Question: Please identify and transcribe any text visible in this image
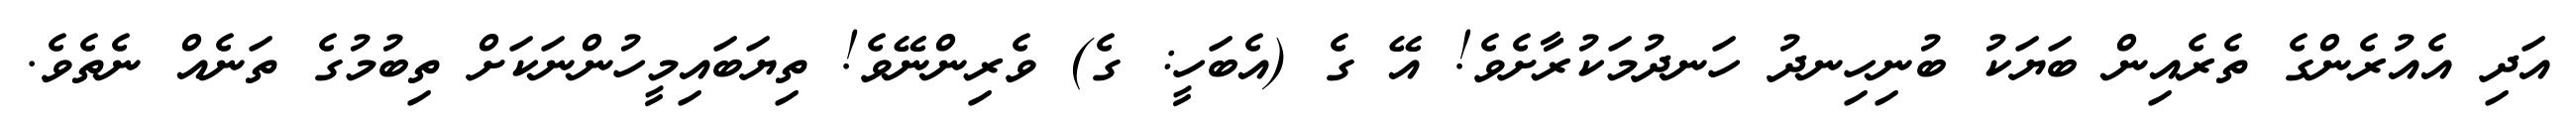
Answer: އަދި އެއުރެންގެ ތެރެއިން ބަޔަކު ބުނިހިނދު ހަނދުމަކުރާށެވެ! އޭ ގެ (އެބަހީ: ގެ) ވެރިންނޭވެ! ތިޔަބައިމީހުންނަކަށް ތިބުމުގެ ތަނެއް ނެތެވެ.